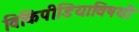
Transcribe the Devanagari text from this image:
विकिपीडियाविषयी